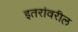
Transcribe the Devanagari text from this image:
इतरांवरील